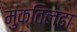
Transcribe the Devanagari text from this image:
मुक्तिलढा